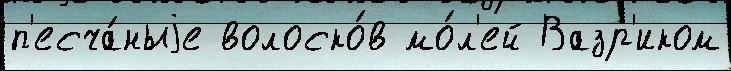
п'есча́ныjе волоско́в мо́л'ей Вазр'иком